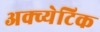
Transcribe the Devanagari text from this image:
अक्व्येटिक